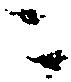
ニ